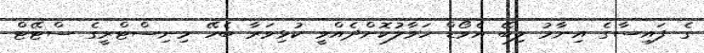
ގެ ފައިސާގެ އިނާމު ލިބޭ އެވޯޑް ހަވާލުކޮށްދެއްވީ ކުޅިވަރާ ބެހޭ މިނިސްޓްރީގެ ސްޓޭޓް